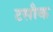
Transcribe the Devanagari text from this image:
टसौक